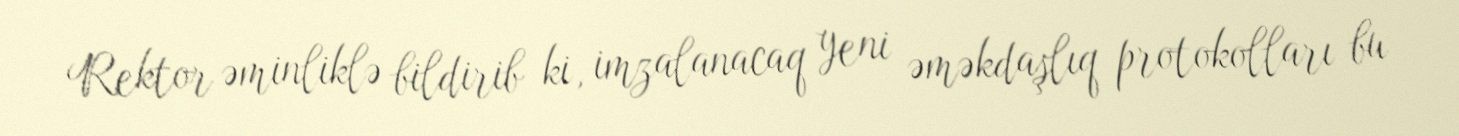
Rektor əminliklə bildirib ki, imzalanacaq yeni əməkdaşlıq protokolları bu